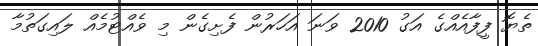
ތެޔޮ ފީފާއެއްގެ އަގު 2010 ވަނަ އަހަރުން ފެށިގެން މި ވެއްޓުމެއް ލައިގަތުމާ